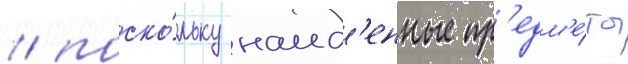
/ поско́льку наид'енные пр'едм'е́ты